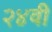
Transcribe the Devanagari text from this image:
२४वी